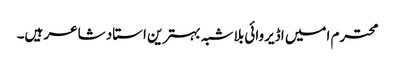
محترم امیں اڈیروائی بلا شبہ بہترین استاد شاعر ہیں۔